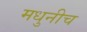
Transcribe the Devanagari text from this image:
मधुनीच